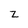
Character: z